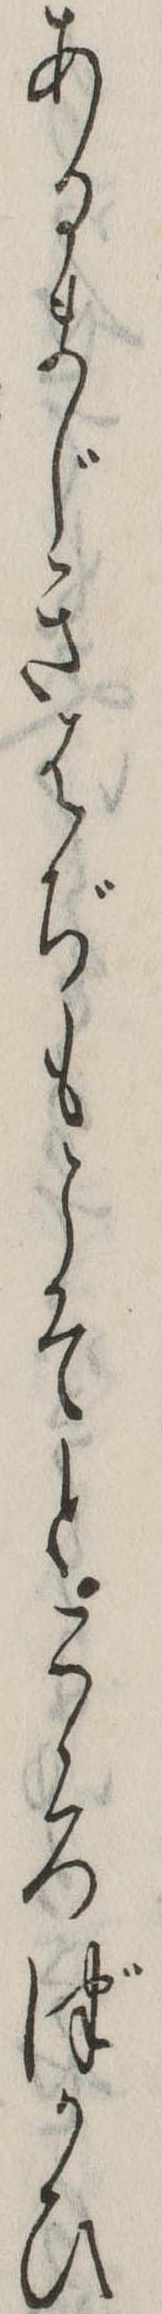
あるまじきはぢもこそとこゝろづかひ